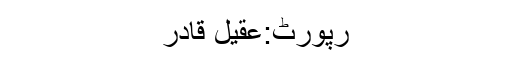
رپورٹ:عقیل قادر